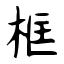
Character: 框